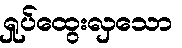
ရှုပ်ထွေးလှသော